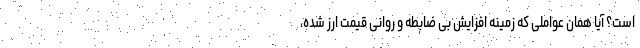
است؟ آیا همان عواملی که زمینه افزایش بی ضابطه و روانی قیمت ارز شده،